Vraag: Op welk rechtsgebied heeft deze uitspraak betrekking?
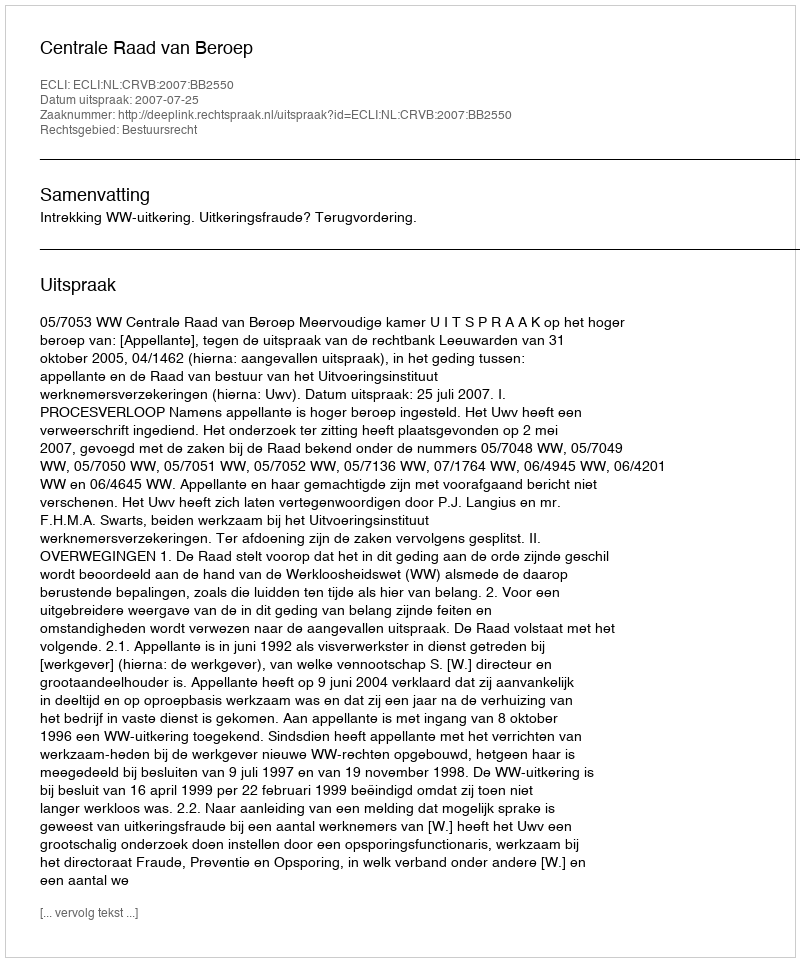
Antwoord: Bestuursrecht